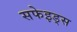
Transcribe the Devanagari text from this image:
सफेइड्स